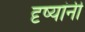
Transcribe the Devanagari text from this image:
दृष्यांनी